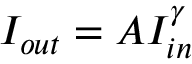
I _ { o u t } = A I _ { i n } ^ { \gamma }